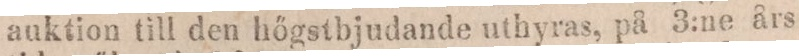
auktion till den hőgstbjudande uthyras, på 3:ne års